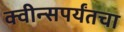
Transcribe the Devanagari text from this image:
क्वीन्सपर्यंतचा